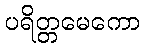
ပရိတ္တမေကော